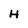
Character: H